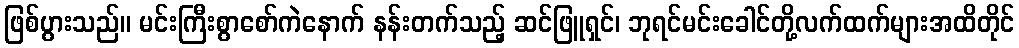
ဖြစ်ပွားသည်။ မင်းကြီးစွာစော်ကဲနောက် နန်းတက်သည့် ဆင်ဖြူရှင်၊ ဘုရင်မင်းခေါင်တို့လက်ထက်များအထိတိုင်